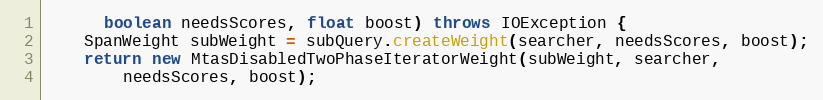
Language: Java
      boolean needsScores, float boost) throws IOException {
    SpanWeight subWeight = subQuery.createWeight(searcher, needsScores, boost);
    return new MtasDisabledTwoPhaseIteratorWeight(subWeight, searcher,
        needsScores, boost);